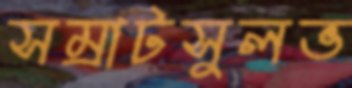
সম্রাটসুলভ